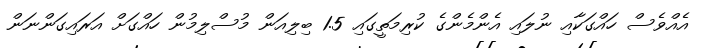
އެއްވެސް ހައްގަކާއި ނުލައި އެންމެންގެ ކުރިމަތީގައި 1.5 ބިލިއަން މުސްލިމުން ހައްގަށް އަރައިގަންނަން